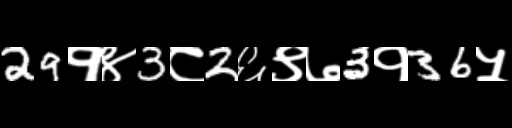
Text: 29१४3८2६९७3१36५